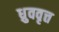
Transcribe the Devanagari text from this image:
ध्रुववृत्त